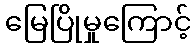
မြေပြိုမှုကြောင့်